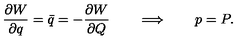
{ \frac { \partial W } { \partial q } } = \bar { q } = - { \frac { \partial W } { \partial Q } } \qquad \Longrightarrow \qquad p = P .